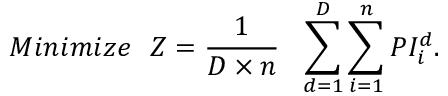
M i n i m i z e ~ ~ Z = \frac { 1 } { D \times n } ~ ~ \sum _ { d = 1 } ^ { D } \sum _ { i = 1 } ^ { n } P I _ { i } ^ { d } .